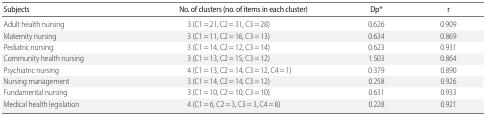
<table><thead><tr><td><b>Subjects</b></td><td><b>No. of clusters (no. of items in each cluster)</b></td><td><b>Dp<sup>*</sup></b></td><td><b>r</b></td></tr></thead><tbody><tr><td>Adult health nursing</td><td>3 (C1 = 21, C2 = 31, C3 = 28)</td><td>0.626</td><td>0.909</td></tr><tr><td>Maternity nursing</td><td>3 (C1 = 11, C2 = 16, C3 = 13)</td><td>0.634</td><td>0.869</td></tr><tr><td>Pediatric nursing</td><td>3 (C1 = 14, C2 = 12, C3 = 14)</td><td>0.623</td><td>0.931</td></tr><tr><td>Community health nursing</td><td>3 (C1 = 13, C2 = 15, C3 = 12)</td><td>1.503</td><td>0.864</td></tr><tr><td>Psychiatric nursing</td><td>4 (C1 = 13, C2 = 14, C3 = 12, C4 = 1)</td><td>0.379</td><td>0.890</td></tr><tr><td>Nursing management</td><td>3 (C1 = 14, C2 = 14, C3 = 12)</td><td>0.258</td><td>0.926</td></tr><tr><td>Fundamental nursing</td><td>3 (C1 = 10, C2 = 10, C3 = 10)</td><td>0.631</td><td>0.933</td></tr><tr><td>Medical health legislation</td><td>4 (C1 = 6, C2 = 3, C3 = 3, C4 = 8)</td><td>0.228</td><td>0.921</td></tr></tbody></table>